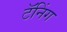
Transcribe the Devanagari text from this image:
टॅनिंग